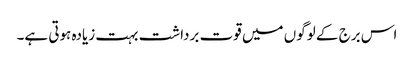
اس برج کے لوگوں میں قوت برداشت بہت زیادہ ہوتی ہے۔